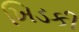
ખિડકી